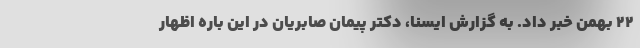
٢٢ بهمن خبر داد. به گزارش ایسنا، دکتر پیمان صابریان در این باره اظهار